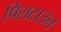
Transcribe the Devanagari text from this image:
पिलटाउन